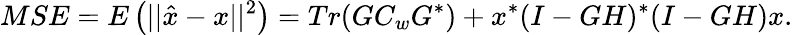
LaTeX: MSE=E\left(||{\hat{x}}-x||^{2}\right)=Tr(GC_{w}G^{*})+x^{*}(I-GH)^{*}(I-GH)x.